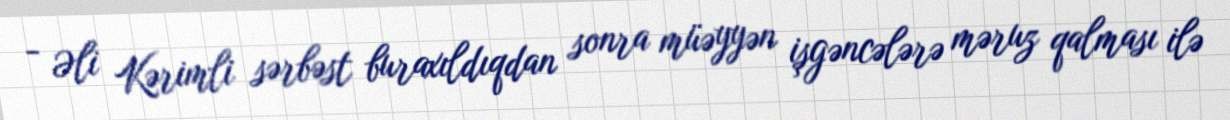
- Əli Kərimli sərbəst buraxıldıqdan sonra müəyyən işgəncələrə məruz qalması ilə